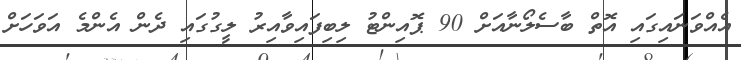
އެއްވަނައިގައި އޮތް ބާސެލޯނާއަށް 90 ޕޮއިންޓު ލިބިފައިވާއިރު ލީގުގައި ދެން އެންމެ އަވަހަށް